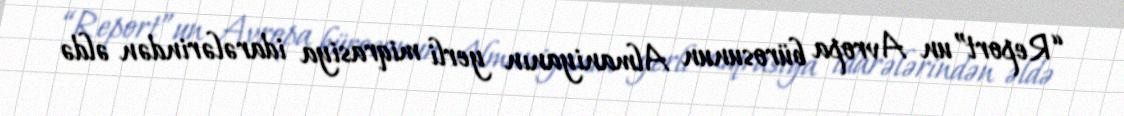
“Report”un Avropa bürosunun Almaniyanın yerli miqrasiya idarələrindən əldə